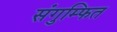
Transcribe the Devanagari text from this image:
संगुम्फित